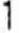
1